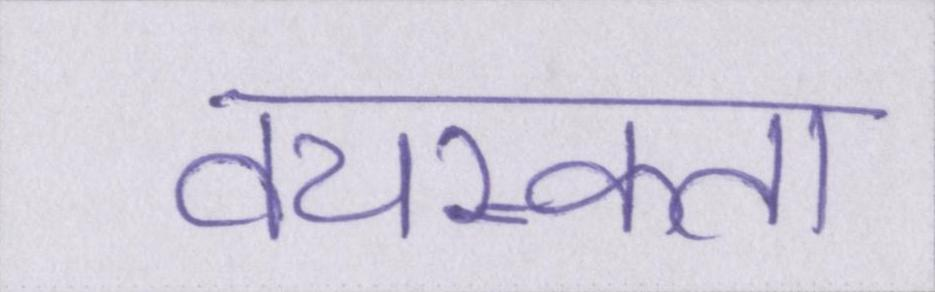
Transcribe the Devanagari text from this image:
वयस्कता